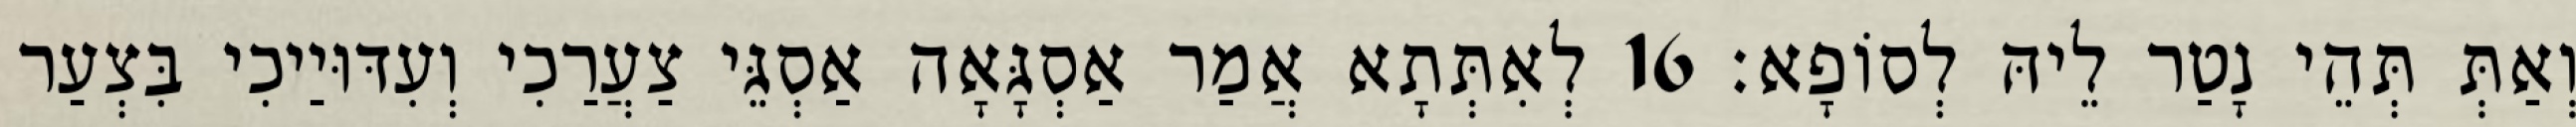
וְאַתְּ תְּהֵי נָטַר לֵיהּ לְסוֹפָא׃ 16 לְאִתְּתָא אֲמַר אַסְגָּאָה אַסְגֵּי צַעֲרַכִי וְעִדּוּיַיכִי בִּצְעַר